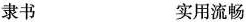
隶书 实用流畅